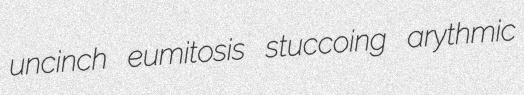
uncinch eumitosis stuccoing arythmic